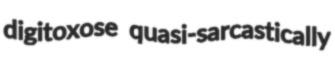
digitoxose quasi-sarcastically